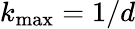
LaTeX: k_{\mathrm{max}}=1/d